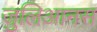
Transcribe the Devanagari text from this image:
जुलिआनस